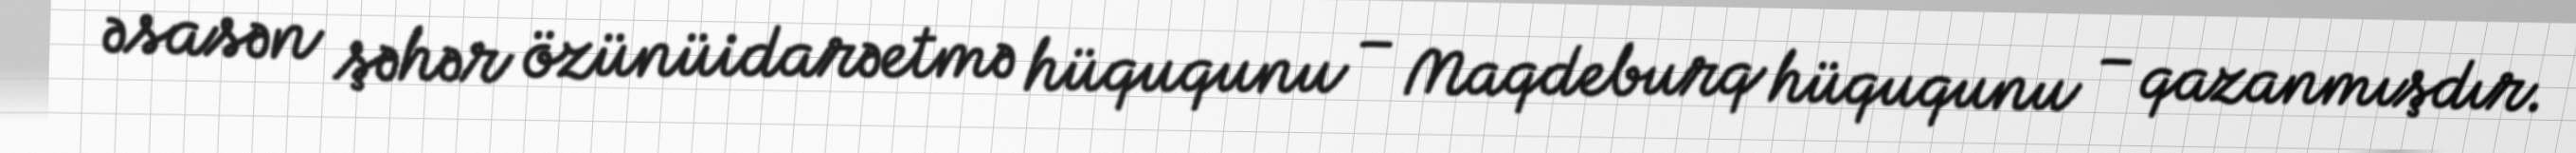
əsasən şəhər özünüidarəetmə hüququnu – Maqdeburq hüququnu – qazanmışdır.